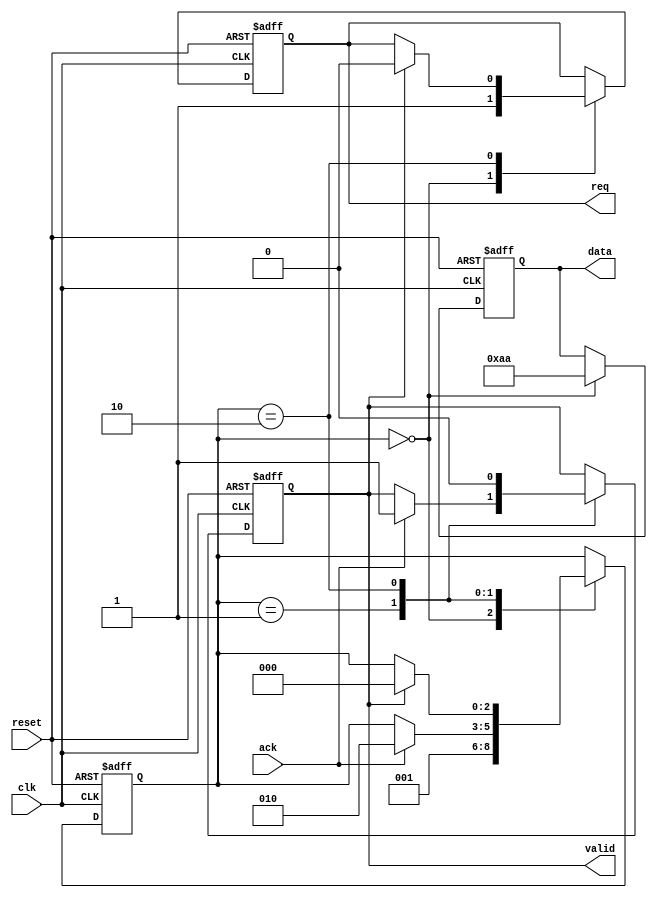
module master_device (
    input wire clk,          // Clock signal for internal operations (not used for handshake)
    input wire reset,        // Reset signal
    input wire ack,          // Acknowledge signal from slave
    output reg req,          // Request signal to slave
    output reg [7:0] data,   // Data bus (8-bit for example)
    output reg valid         // Valid signal for data
);
    reg [2:0] state;         // State machine for master

    // State encoding
    localparam IDLE = 3'b000,
               SEND_DATA = 3'b001,
               WAIT_ACK = 3'b010,
               RECEIVE_DATA = 3'b011;

    // State machine for master operations
    always @(posedge clk or posedge reset) begin
        if (reset) begin
            state <= IDLE;
            req <= 0;
            valid <= 0;
            data <= 8'b0;
        end else begin
            case (state)
                IDLE: begin
                    req <= 1;  // Indicate request to send data
                    data <= 8'hAA; // Example data to send
                    state <= SEND_DATA;
                end
                SEND_DATA: begin
                    if (ack) begin
                        valid <= 1; // Assert valid signal
                        state <= WAIT_ACK;
                    end
                end
                WAIT_ACK: begin
                    if (valid) begin
                        req <= 0; // De-assert request after sending data
                        valid <= 0; // De-assert valid after sending
                        state <= IDLE; // Go back to idle
                    end
                end
            endcase
        end
    end
endmodule